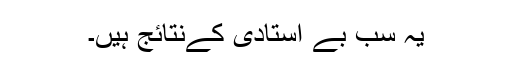
یہ سب بے استادی کےنتائج ہیں۔